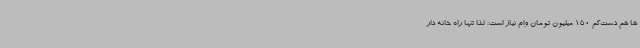
ها هم دست‌کم 150 میلیون تومان وام نیاز است؛ لذا تنها راه خانه دار